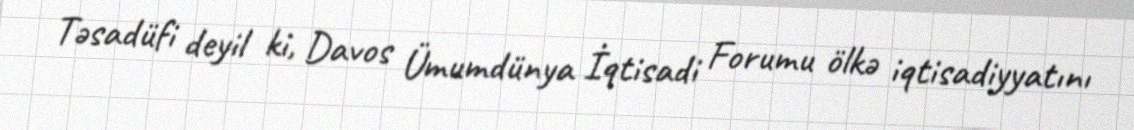
Təsadüfi deyil ki, Davos Ümumdünya İqtisadi Forumu ölkə iqtisadiyyatını